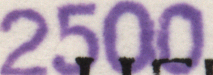
2500